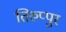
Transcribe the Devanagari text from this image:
तिरुप्पुर